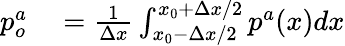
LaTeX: \begin{array}{rl}{p_{o}^{a}}&{{}=\frac{1}{\Delta x}\int_{x_{0}-\Delta x/2}^{x_{0}+\Delta x/2}p^{a}(x)dx}\end{array}